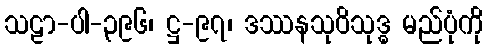
သဠာ-ပါ-၃၉၆၊ ဋ္ဌ-၉၇၊ ဒဿနသုဝိသုဒ္ဓ မည်ပုံကို